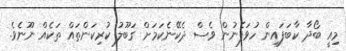
މިއީ ބޯދާ ކާބަފައިން ހުވަފެނުން ވެސް ދެކޭނެކަމަށް ގަބޫލު ކުރިކަންތައް ތަކެއް ނޫނެވެ.